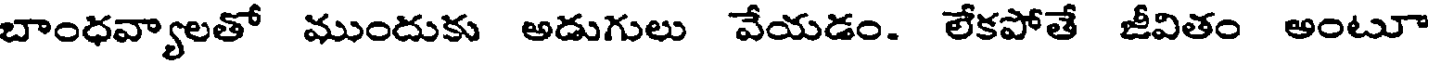
బాంధవ్యాలతో ముందుకు అడుగులు వేయడం. లేకపోతే జీవితం అంటూ